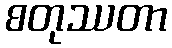
စတုဿတာ